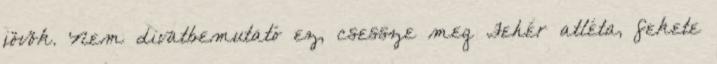
jövök. Nem divatbemutató ez, csessze meg Fehér atléta, fekete